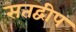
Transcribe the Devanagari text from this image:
सतद्वीप